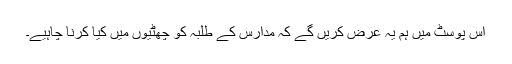
اس پوسٹ میں ہم یہ عرض کریں گے کہ مدارس کے طلبہ کو چھٹیوں میں کیا کرنا چاہیے۔